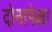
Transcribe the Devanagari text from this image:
दोनापेक्षा